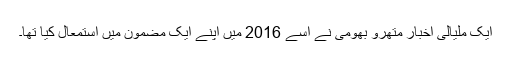
ایک ملیالی اخبار متھرو بھومی نے اسے 2016 میں اپنے ایک مضمون میں استمعال کیا تھا۔